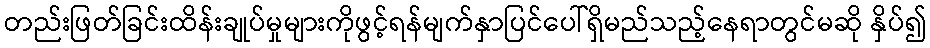
တည်းဖြတ်ခြင်းထိန်းချုပ်မှုများကိုဖွင့်ရန်မျက်နှာပြင်ပေါ်ရှိမည်သည့်နေရာတွင်မဆို နှိပ်၍